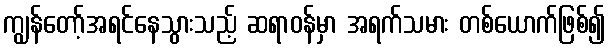
ကျွန်တော့်အရင်နေသွားသည့် ဆရာဝန်မှာ အရက်သမား တစ်ယောက်ဖြစ်၍